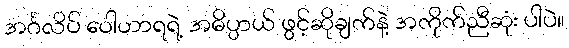
အင်္ဂလိပ် ဝေါဟာရရဲ့ အဓိပ္ပာယ် ဖွင့်ဆိုချက်နဲ့ အကိုက်ညီဆုံး ပါပဲ။